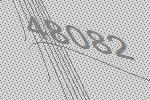
48082